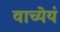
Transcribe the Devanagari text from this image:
वाच्येयं